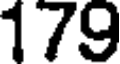
179